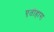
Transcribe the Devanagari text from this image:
एतीहास